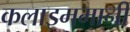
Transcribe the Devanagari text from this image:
कलाइममानी